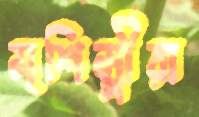
মৃশিল্পীরা